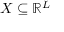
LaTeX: X \subseteq \mathbb { R } ^ { L }